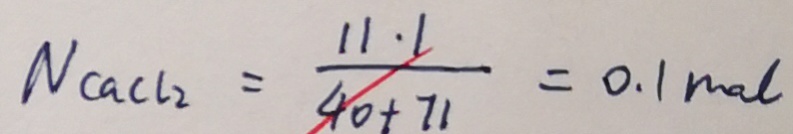
N C a C l _ { 2 } = \frac { 1 1 \cdot 1 } { 4 0 + 7 1 } = 0 . 1 m o l